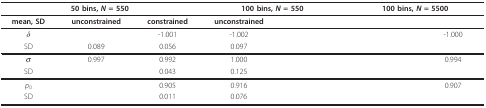
<table><thead><tr><td colspan="3"><b>50 bins, <i>N </i>= 550</b></td><td colspan="2"><b>100 bins, <i>N </i>= 550</b></td><td colspan="2"><b>100 bins, <i>N </i>= 5500</b></td></tr></thead><tbody><tr><td><b>mean, SD</b></td><td><b>unconstrained</b></td><td><b>constrained</b></td><td><b>unconstrained</b></td><td>[EMPTY_CELL]</td><td>[EMPTY_CELL]</td><td>[EMPTY_CELL]</td></tr><tr><td><i>δ</i></td><td>[EMPTY_CELL]</td><td>-1.001</td><td>-1.002</td><td>[EMPTY_CELL]</td><td>[EMPTY_CELL]</td><td>-1.000</td></tr><tr><td>SD</td><td>0.089</td><td>0.056</td><td>0.097</td><td>[EMPTY_CELL]</td><td>[EMPTY_CELL]</td><td>[EMPTY_CELL]</td></tr><tr><td><i>σ</i></td><td>0.997</td><td>0.992</td><td>1.000</td><td>[EMPTY_CELL]</td><td>[EMPTY_CELL]</td><td>0.994</td></tr><tr><td>SD</td><td>[EMPTY_CELL]</td><td>0.043</td><td>0.125</td><td>[EMPTY_CELL]</td><td>[EMPTY_CELL]</td><td>[EMPTY_CELL]</td></tr><tr><td><i>p</i><sub>0</sub></td><td>[EMPTY_CELL]</td><td>0.905</td><td>0.916</td><td>[EMPTY_CELL]</td><td>[EMPTY_CELL]</td><td>0.907</td></tr><tr><td>SD</td><td>[EMPTY_CELL]</td><td>0.011</td><td>0.076</td><td>[EMPTY_CELL]</td><td>[EMPTY_CELL]</td><td>[EMPTY_CELL]</td></tr></tbody></table>